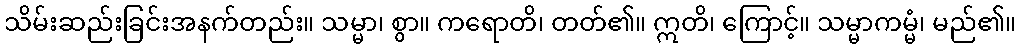
သိမ်းဆည်းခြင်းအနက်တည်း။ သမ္မာ၊ စွာ။ ကရောတိ၊ တတ်၏။ ဣတိ၊ ကြောင့်။ သမ္မာကမ္မံ၊ မည်၏။